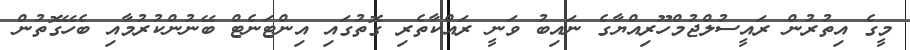
މީގެ އިތުރުން ރައީސުލްޖުމްހޫރިއްޔާގެ ނައިބު ވަނީ ރައްކާތެރި ގޮތުގައި އިންޓަނެޓް ބޭނުންކުރުމާއި ބެހޭގޮތުން